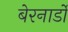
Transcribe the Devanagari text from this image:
बेरनार्डो